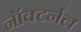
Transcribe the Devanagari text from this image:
नॉक्टर्नल